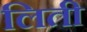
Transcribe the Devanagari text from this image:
लिती